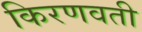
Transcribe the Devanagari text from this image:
किरणवती